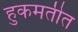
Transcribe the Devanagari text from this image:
हुकमतीत